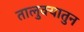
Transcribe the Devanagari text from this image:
तालुक्यातुन